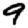
Digit: 9